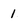
Character: 1